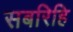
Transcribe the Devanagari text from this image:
सबरिहि